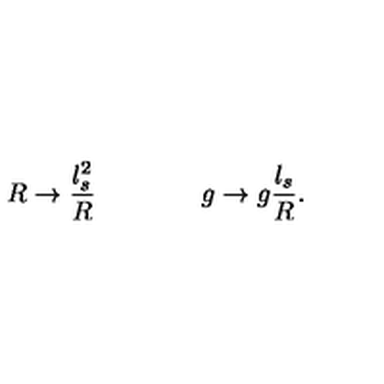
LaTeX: R \rightarrow { \frac { l _ { s } ^ { 2 } } { R } } \qquad \qquad g \rightarrow g { \frac { l _ { s } } { R } } .